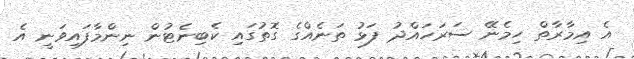
އެ އިމާރާތް ހިމެނޭ ސަރަހައްދު ފަޅު ތަނެއްގެ ގޮތުގައި ކެބިނެޓުން ނިންމާފައިވަނީ އެ